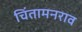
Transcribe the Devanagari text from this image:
चिंतामनराव